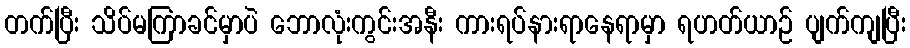
တက်ပြီး သိပ်မကြာခင်မှာပဲ ဘောလုံးကွင်းအနီး ကားရပ်နားရာနေရာမှာ ရဟတ်ယာဉ် ပျက်ကျပြီး